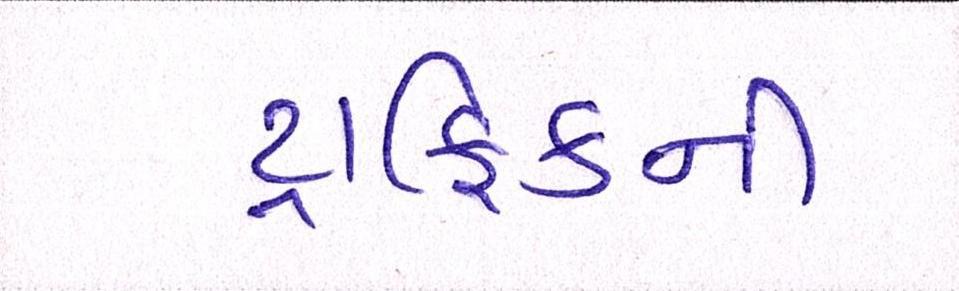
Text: ટ્રાફિકની